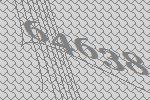
64638